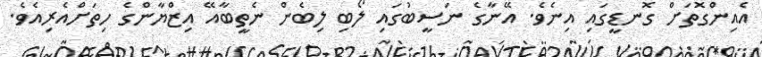
އެއިންގޮތަށް ގޮނޑީގައި އިނެވެ. އޭނާގެ ނަސީބުގައި ލޯބި ލިބެން ނެތީބާއޭ އިޒްޔާންގެ ހިތަށްއެރިއެވެ.